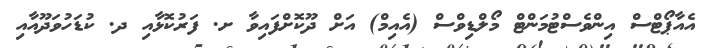
އެއާޕޯޓްސް އިންވެސްޓުމަންޓް މޯލްޑިވްސް (އެއިމް) އަށް ދޫކޮށްފައިވާ ށ. ފަރުކޮޅާއި ދ. ކުޑަހުވަދޫއާއި